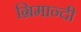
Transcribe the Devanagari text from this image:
ग्रिमान्दी